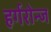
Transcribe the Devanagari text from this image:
हर्गरोन्ज